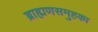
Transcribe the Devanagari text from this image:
ब्राह्मणसमुहका